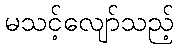
မသင့်လျော်သည့်